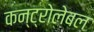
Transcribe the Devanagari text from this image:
कन्ट्रोलेबल